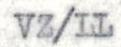
VZ/LL